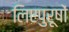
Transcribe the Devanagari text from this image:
लिएपुरूषों